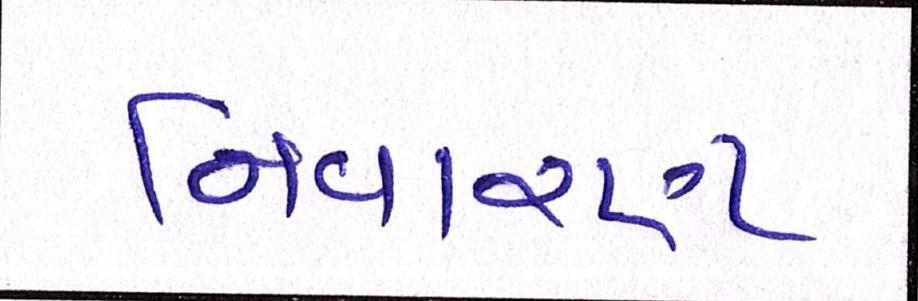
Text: નિવારણ